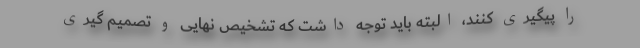
را پیگیری کنند، البته باید توجه داشت که تشخیص نهایی و تصمیم گیری